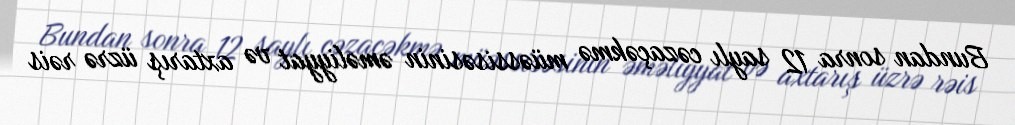
Bundan sonra 12 saylı cəzaçəkmə müəssisəsinin əməliyyat və axtarış üzrə rəis